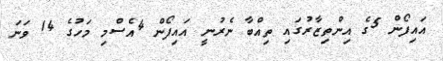
އައިފޯން 5ގެ އިންތިޒާރުގައި ތިއްބާ ނެރުނީ އައިފޯން 4އެސްމި މަހުގެ 14 ވަނަ